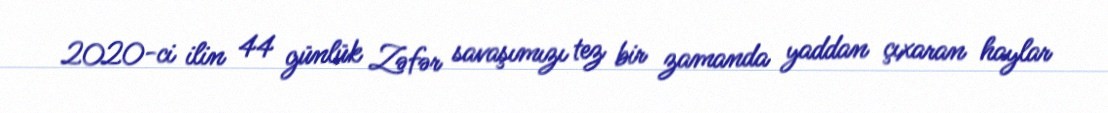
2020-ci ilin 44 günlük Zəfər savaşımızı tez bir zamanda yaddan çıxaran haylar